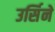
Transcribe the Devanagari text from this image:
उर्सिने